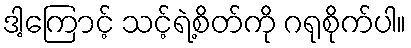
ဒါ့ကြောင့် သင့်ရဲ့စိတ်ကို ဂရုစိုက်ပါ။